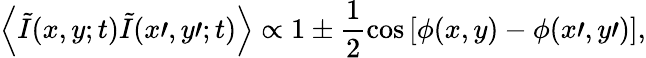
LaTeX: \left\langle\tilde{I}(x,y;t)\tilde{I}(x\prime,y\prime;t)\right\rangle\propto 1\pm\frac{1}{2}\cos\left[\phi(x,y)-\phi(x\prime,y\prime)\right],